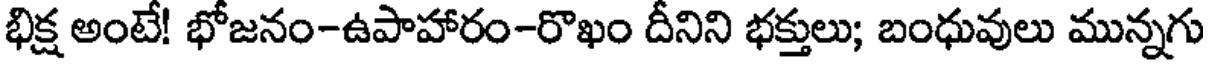
భిక్ష అంటే! భోజనం-ఉపాహారం-రొఖం దీనిని భక్తులు; బంధువులు మున్నగు